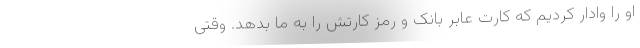
او را وادار کردیم که کارت عابر بانک و رمز کارتش را به ما بدهد. وقتی